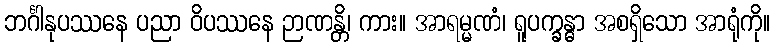
ဘင်္ဂါနုပဿနေ ပညာ ဝိပဿနေ ဉာဏန္တိ၊ ကား။ အာရမ္မဏံ၊ ရူပက္ခန္ဓာ အစရှိသော အာရုံကို။